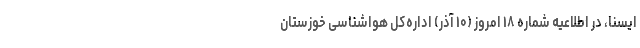
ایسنا، در اطلاعیه شماره ۱۸ امروز (۱۰ آذر) اداره‌کل هواشناسی خوزستان